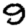
Digit: 9